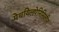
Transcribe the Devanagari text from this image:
मेथयिलपेनिसिलीन